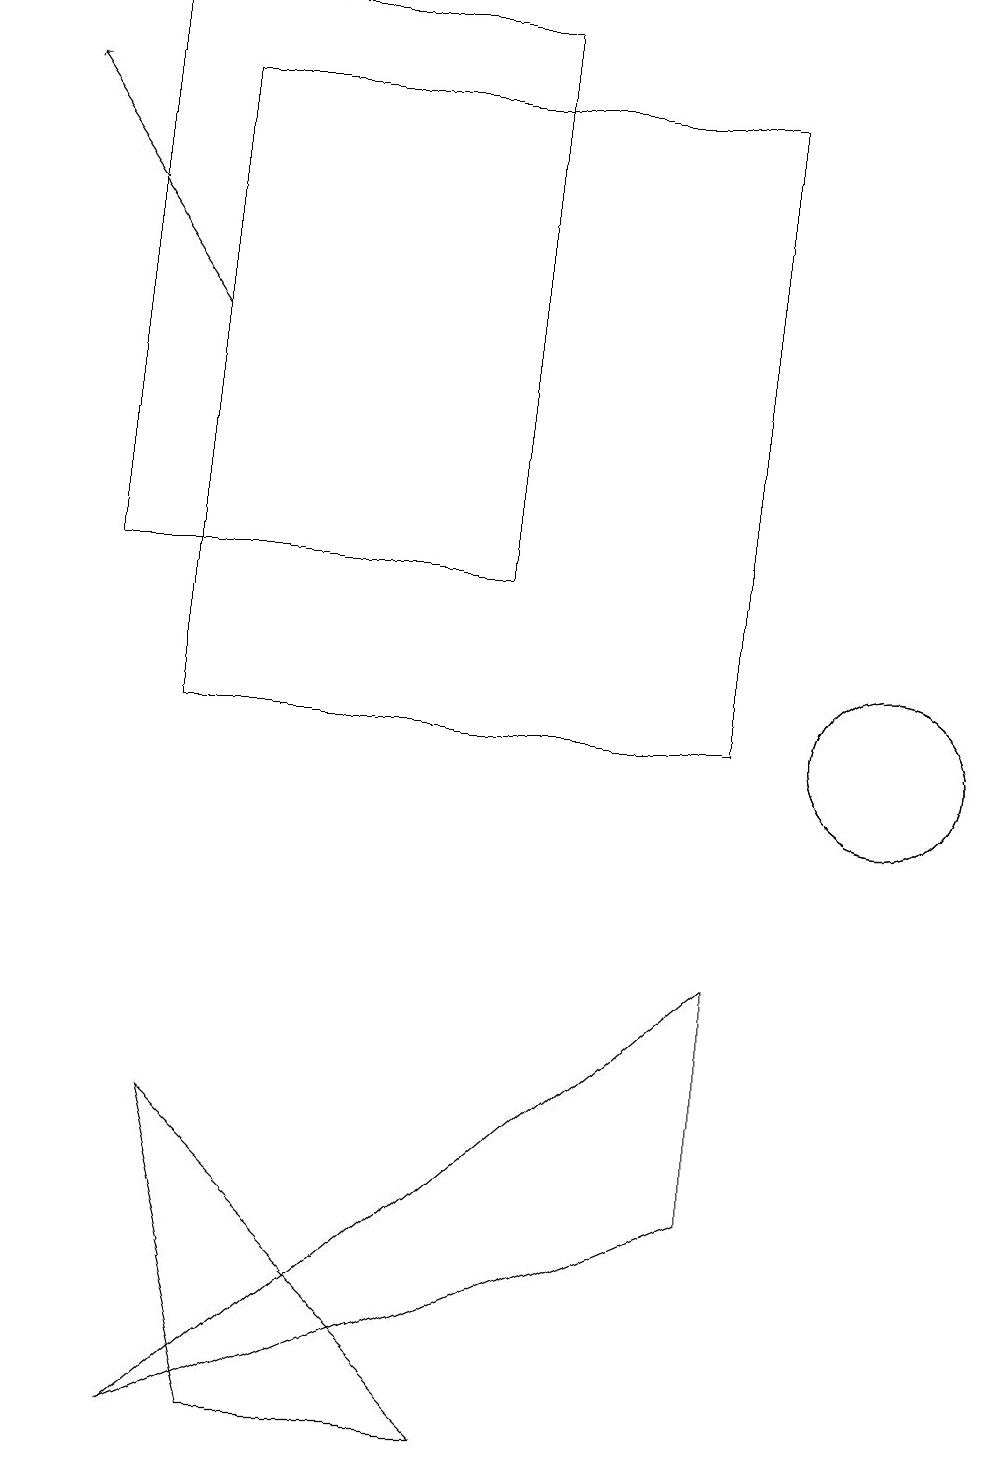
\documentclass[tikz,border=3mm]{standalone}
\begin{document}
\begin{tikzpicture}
\draw[->] (2,15) -- (0,18);
\draw (3,1) -- (2,5) -- (6,1) -- cycle;
\draw (2,1) -- (9,7) -- (9,4) -- cycle;
\draw (11,10) circle (1);
\draw (1,19) rectangle (6,12);
\draw (9,18) rectangle (2,10);
\draw (11,10) circle (1);
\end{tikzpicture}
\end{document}